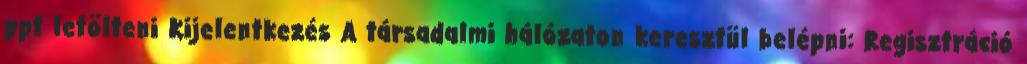
ppt letölteni Kijelentkezés A társadalmi hálózaton keresztül belépni: Regisztráció